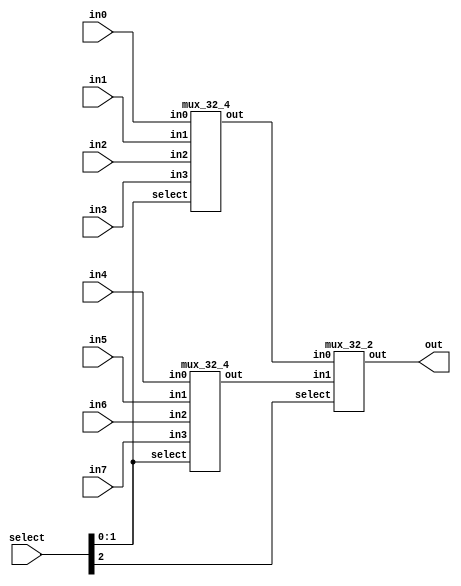
module mux_32_8(select, in0, in1, in2, in3, in4, in5, in6, in7, out);
	input [2:0] select;
	input [31:0] in0, in1, in2, in3, in4, in5, in6, in7;
	output [31:0] out;
	wire [31:0] w1, w2;
	mux_32_4 first_top(.select(select[1:0]), .in0(in0), .in1(in1), .in2(in2), .in3(in3), .out(w1));
	mux_32_4 first_bottom(.select(select[1:0]), .in0(in4), .in1(in5), .in2(in6), .in3(in7), .out(w2));
	mux_32_2 second(.select(select[2]), .in0(w1), .in1(w2), .out(out));
endmodule

module mux_32_4(select, in0, in1, in2, in3, out);
	input [1:0] select;
	input [31:0] in0, in1, in2, in3;
	output [31:0] out;
	wire [31:0] w1, w2;
	mux_32_2 first_top(.select(select[0]), .in0(in0), .in1(in1), .out(w1));
	mux_32_2 first_bottom(.select(select[0]), .in0(in2), .in1(in3), .out(w2));
	mux_32_2 second(.select(select[1]), .in0(w1), .in1(w2), .out(out));
endmodule


module mux_32_2(select, in0, in1, out);
	input select;
	input [31:0] in0, in1;
	output [31:0] out;
	assign out = select ? in1 : in0;
endmodule